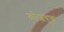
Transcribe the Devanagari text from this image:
कोशयुक्त